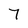
Character: 7